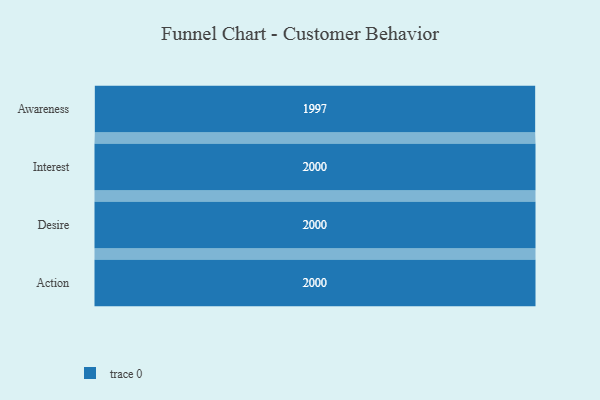
{"axis": {"x": "Stage", "y": "Value"}, "legend": [""], "data": [{"x": "Awareness", "y": 1997.0, "type": ""}, {"x": "Interest", "y": 2000, "type": ""}, {"x": "Desire", "y": 2000, "type": ""}, {"x": "Action", "y": 2000, "type": ""}]}